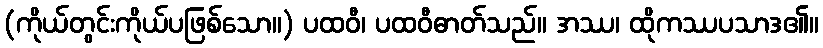
(ကိုယ်တွင်းကိုယ်ပဖြစ်သော။) ပထဝီ၊ ပထဝီဓာတ်သည်။ အဿ၊ ထိုကဿပသာဒ၏။